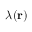
\lambda ( { \bf r } )